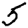
Digit: 5